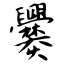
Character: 爨